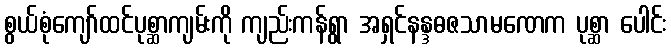
စွယ်စုံကျော်ထင်ပုစ္ဆာကျမ်းကို ကျည်းကန်ရွာ အရှင်နန္ဒဓဇသာမဏေက ပုစ္ဆာ ပေါင်း